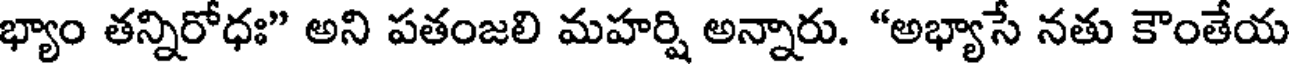
భ్యాం తన్నిరోధః" అని పతంజలి మహర్షి అన్నారు. "అభ్యాసే నతు కౌంతేయ